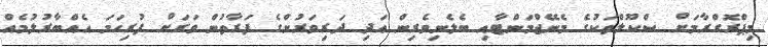
މިޕްރޮގްރާމަށް ސްކޫލްތަކުގެ މެނޭޖްމަންޓާއި ބެލެނިވެރިން އަދި ދަރިވަރުންގެ ފަރާތުން ވަރަށް ފުރިހަމަ އެއްބާރުލުމެއް